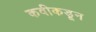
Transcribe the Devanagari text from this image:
कवीकडून